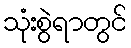
သုံးစွဲရာတွင်